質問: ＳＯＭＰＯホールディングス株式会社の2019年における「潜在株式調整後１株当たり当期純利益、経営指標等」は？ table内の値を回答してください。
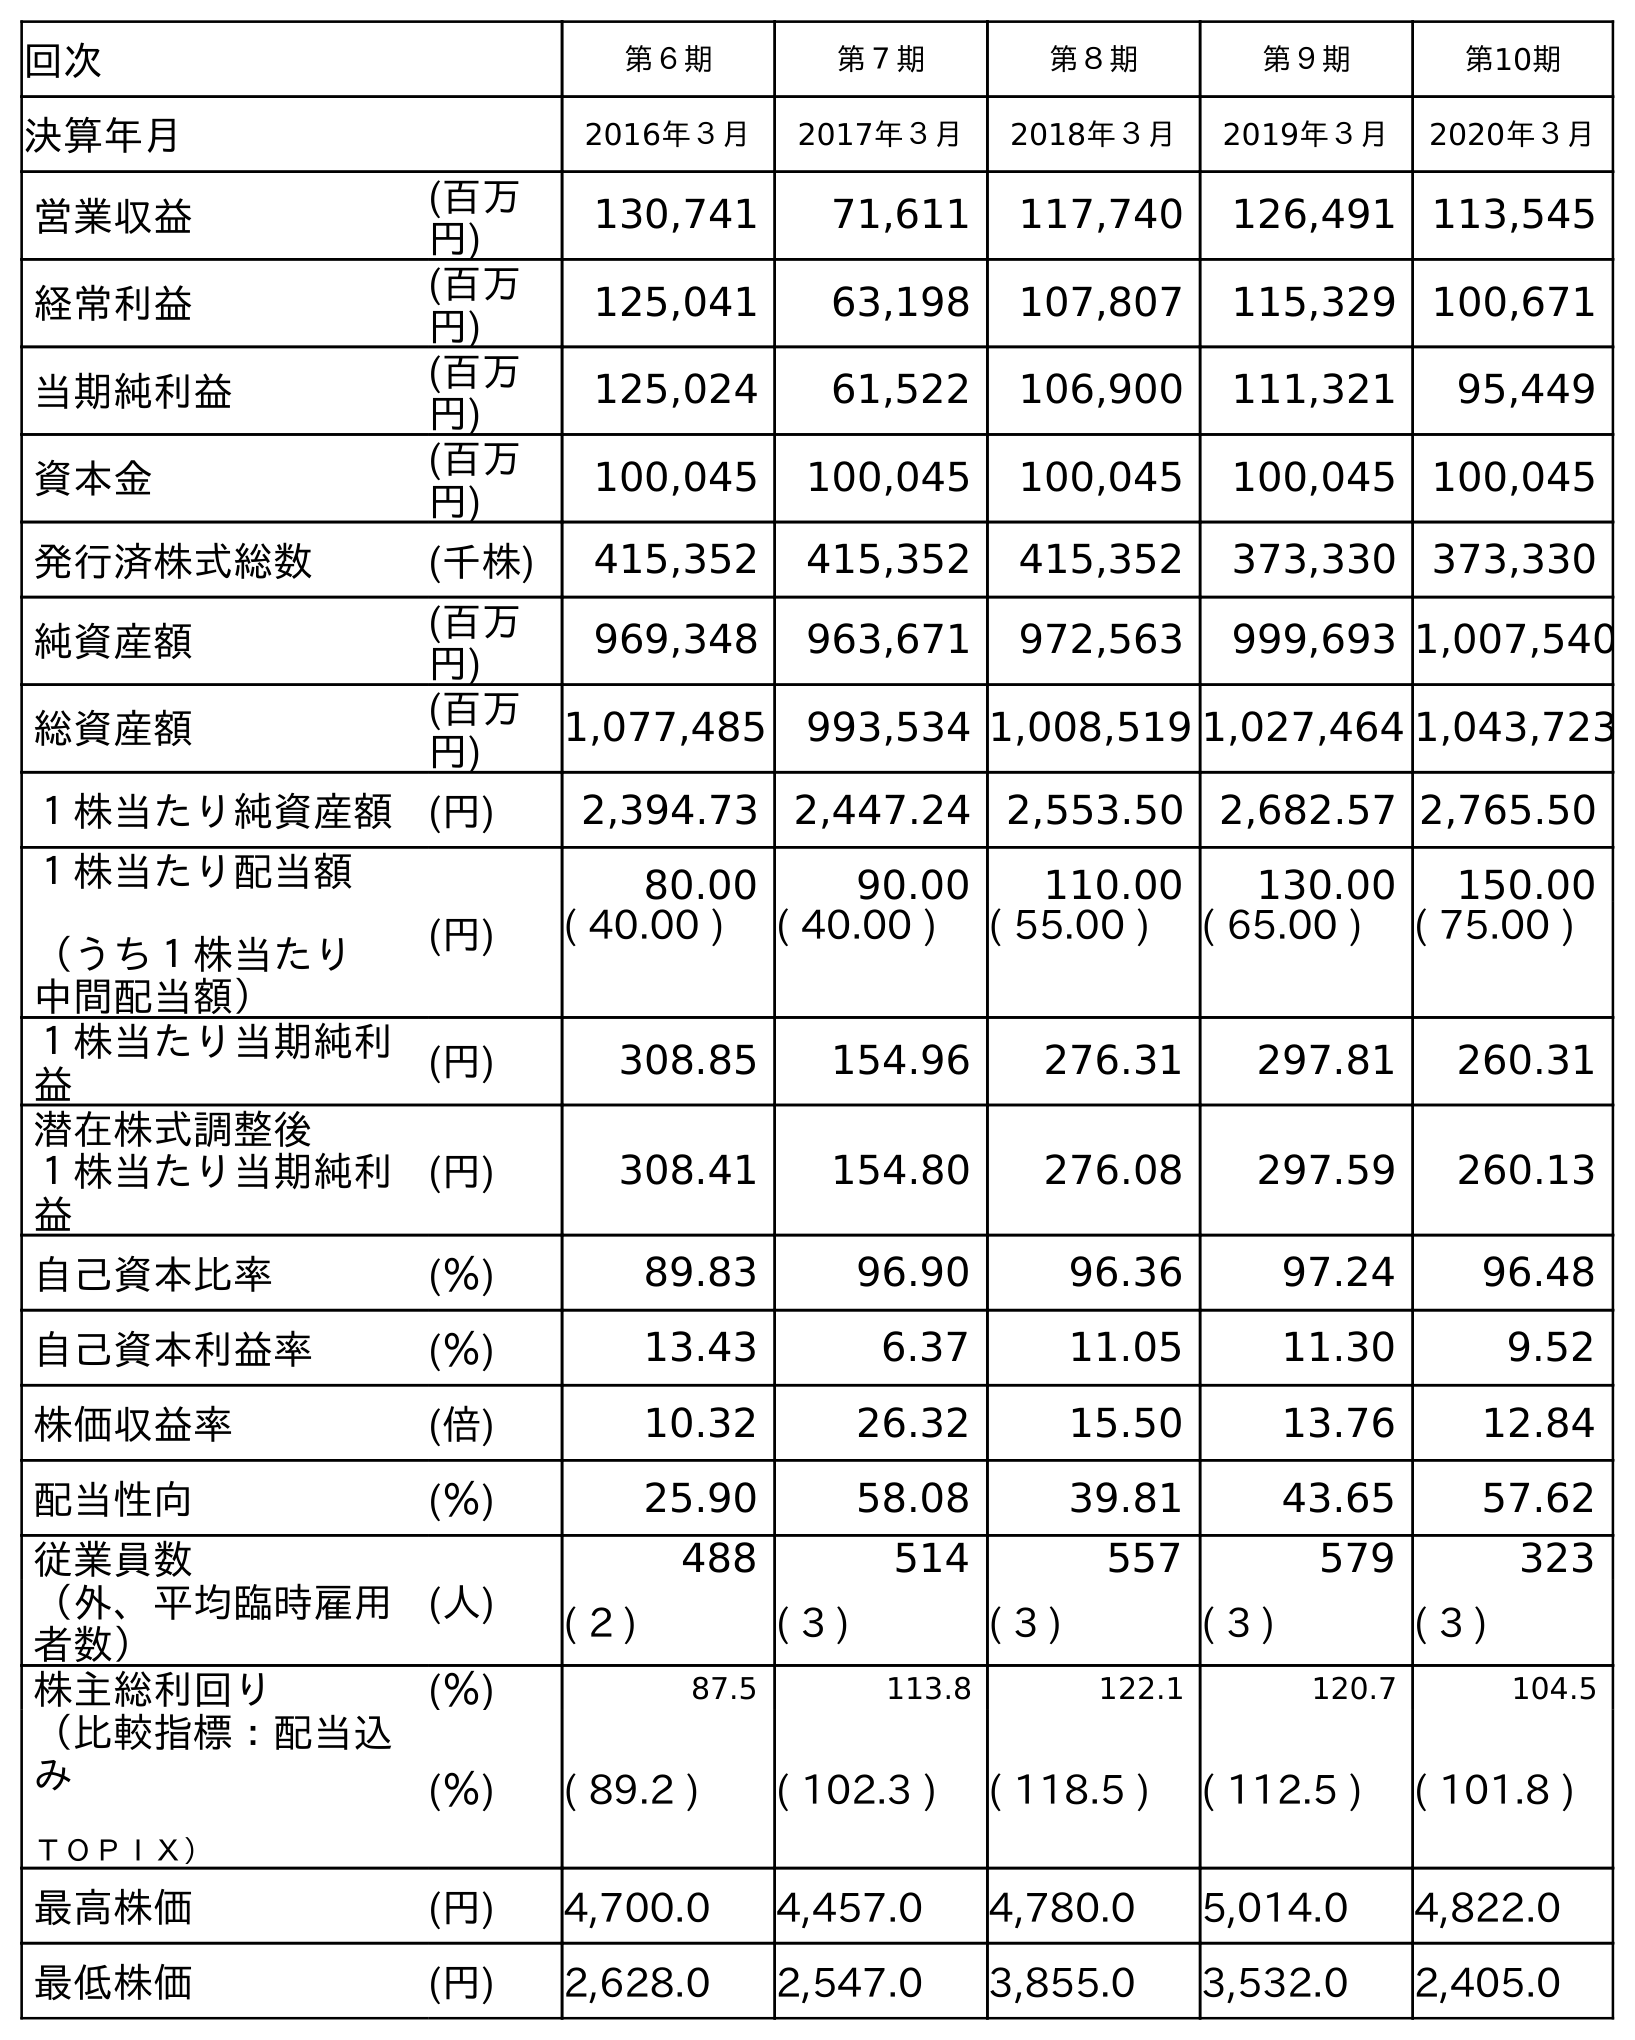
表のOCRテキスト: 回次 第６期 第７期 第８期 第９期 第10期 決算年月 2016年３月 2017年３月 2018年３月 2019年３月 2020年３月 営業収益 (百万 円) 130,741 71,611 117,740 126,491 113,545 経常利益 (百万 円) 125,041 63,198 107,807 115,329 100,671 当期純利益 (百万 円) 125,024 61,522 106,900 111,321 95,449 資本金 (百万 円) 100,045 100,045 100,045 100,045 100,045 発行済株式総数 (千株) 415,352 415,352 415,352 373,330 373,330 純資産額 (百万 円) 969,348 963,671 972,563 999,693 1,007,540 総資産額 (百万 円) 1,077,485 993,534 1,008,519 1,027,464 1,043,723 １株当たり純資産額 (円) 2,394.73 2,447.24 2,553.50 2,682.57 2,765.50 １株当たり配当額 （うち１株当たり 中間配当額） (円) 80.00 90.00 110.00 130.00 150.00 ( 40.00 ) ( 40.00 ) ( 55.00 ) ( 65.00 ) ( 75.00 ) １株当たり当期純利 益 (円) 308.85 154.96 276.31 297.81 260.31 潜在株式調整後 １株当たり当期純利 益 (円) 308.41 154.80 276.08 297.59 260.13 自己資本比率 (％) 89.83 96.90 96.36 97.24 96.48 自己資本利益率 (％) 13.43 6.37 11.05 11.30 9.52 株価収益率 (倍) 10.32 26.32 15.50 13.76 12.84 配当性向 (％) 25.90 58.08 39.81 43.65 57.62 従業員数 (人) 488 514 557 579 323 （外、平均臨時雇用 者数） ( 2 ) ( 3 ) ( 3 ) ( 3 ) ( 3 ) 株主総利回り (％) 87.5 113.8 122.1 120.7 104.5 （比較指標：配当込 み ＴＯＰＩＸ） (％) ( 89.2 ) ( 102.3 ) ( 118.5 ) ( 112.5 ) ( 101.8 ) 最高株価 (円) 4,700.0 4,457.0 4,780.0 5,014.0 4,822.0 最低株価 (円) 2,628.0 2,547.0 3,855.0 3,532.0 2,405.0
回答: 297.59